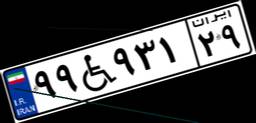
۹۹W۹۳۱۲۹